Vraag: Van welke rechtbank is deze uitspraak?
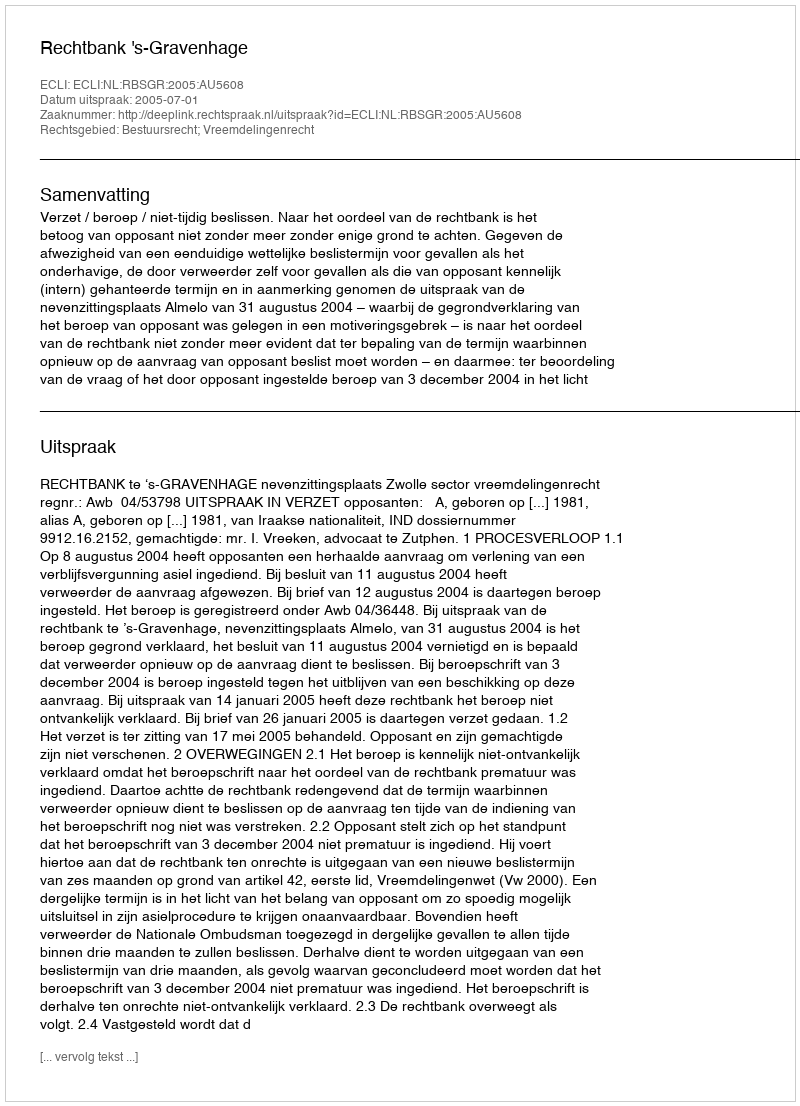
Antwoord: Rechtbank 's-Gravenhage